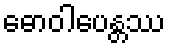
ဓောဝါပေန္တဿ